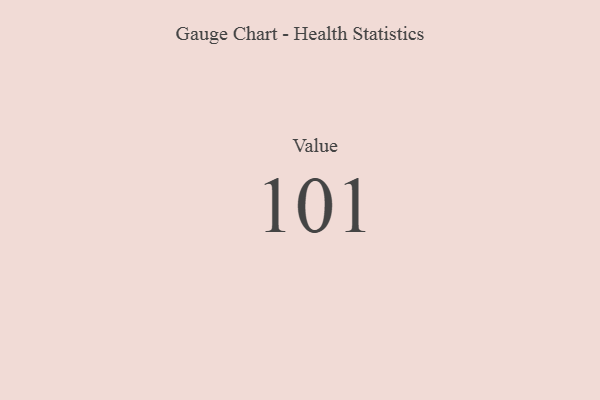
{"axis": {"x": "Metric", "y": "Value"}, "legend": [""], "data": [{"x": "Value", "y": 101, "type": ""}]}